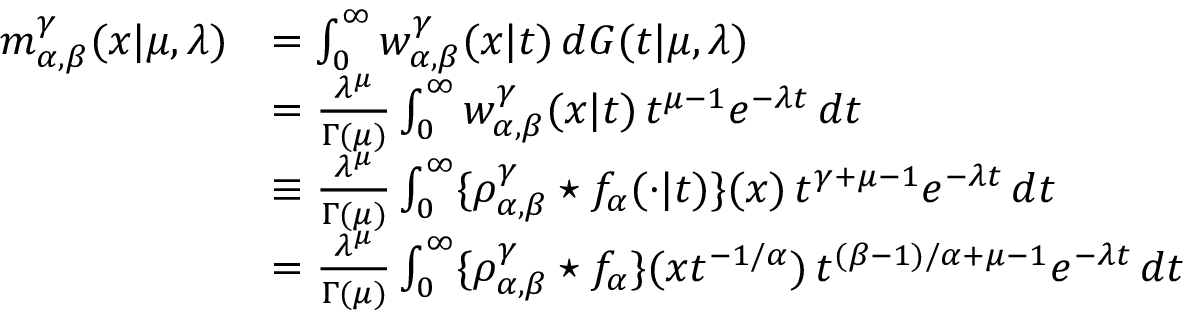
\begin{array} { r l } { m _ { \alpha , \beta } ^ { \gamma } ( x | \mu , \lambda ) } & { = \int _ { 0 } ^ { \infty } w _ { \alpha , \beta } ^ { \gamma } ( x \vert t ) \, d G ( t \vert \mu , \lambda ) } \\ & { = \frac { \lambda ^ { \mu } } { \Gamma ( \mu ) } \int _ { 0 } ^ { \infty } w _ { \alpha , \beta } ^ { \gamma } ( x \vert t ) \, t ^ { \mu - 1 } e ^ { - \lambda t } \, d t } \\ & { \equiv \frac { \lambda ^ { \mu } } { \Gamma ( \mu ) } \int _ { 0 } ^ { \infty } \{ \rho _ { \alpha , \beta } ^ { \gamma } \star f _ { \alpha } ( \cdot \vert t ) \} ( x ) \, t ^ { \gamma + \mu - 1 } e ^ { - \lambda t } \, d t } \\ & { = \frac { \lambda ^ { \mu } } { \Gamma ( \mu ) } \int _ { 0 } ^ { \infty } \{ \rho _ { \alpha , \beta } ^ { \gamma } \star f _ { \alpha } \} ( x t ^ { - 1 / \alpha } ) \, t ^ { ( \beta - 1 ) / \alpha + \mu - 1 } e ^ { - \lambda t } \, d t } \end{array}